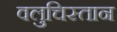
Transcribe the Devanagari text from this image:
वलुचिस्तान